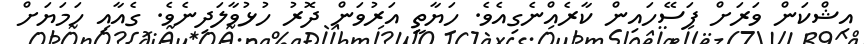
އިޝްކަން ވަރަށް ފަސޭހައިން ކާރެއްނެގިއެވެ. ހަޔާތީ އަރުވަން ދޮރު ހުޅުވާލަދިނެވެ. ގެއާއި ހަމަޔަށް